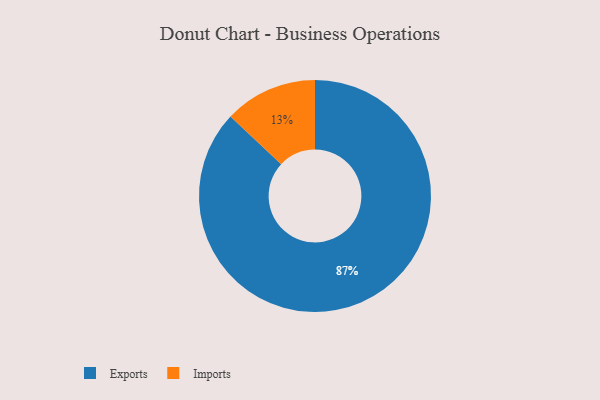
{"axis": {"x": "Category", "y": "Percentage"}, "legend": ["Exports", "Imports"], "data": [{"x": "Exports", "y": 87, "type": "Exports"}, {"x": "Imports", "y": 13, "type": "Imports"}]}